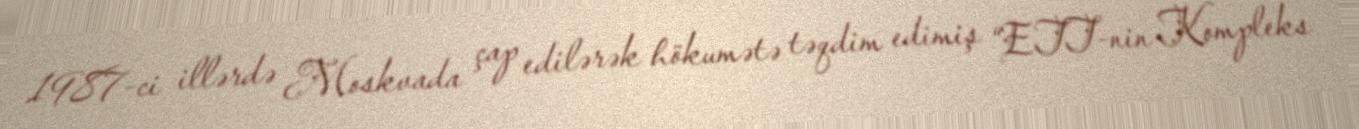
1987-ci illərdə Moskvada çap edilərək hökumətə təqdim edimiş “ETT-nin Kompleks